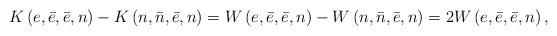
LaTeX: \begin{align*}&K\left(e,\bar{e},\bar{e},n\right)-K\left(n,\bar{n},\bar{e},n\right)=W\left(e,\bar{e},\bar{e},n\right)-W\left(n,\bar{n},\bar{e},n\right)=2W\left(e,\bar{e},\bar{e},n\right),~~~~~~~~~~~~~~ \end{align*}